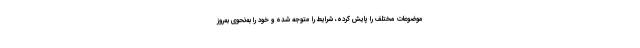
موضوعات مختلف را پایش کرده، شرایط را متوجه شده و خود را به‌نحوی به‌روز